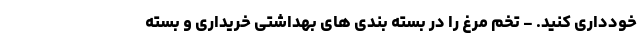
خودداری کنید. - تخم مرغ را در بسته بندی های بهداشتی خریداری و بسته